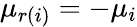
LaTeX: \mu_{r(i)}=-\mu_{i}